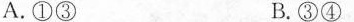
A.①③ B.③④